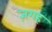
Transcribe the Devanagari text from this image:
ज़गह